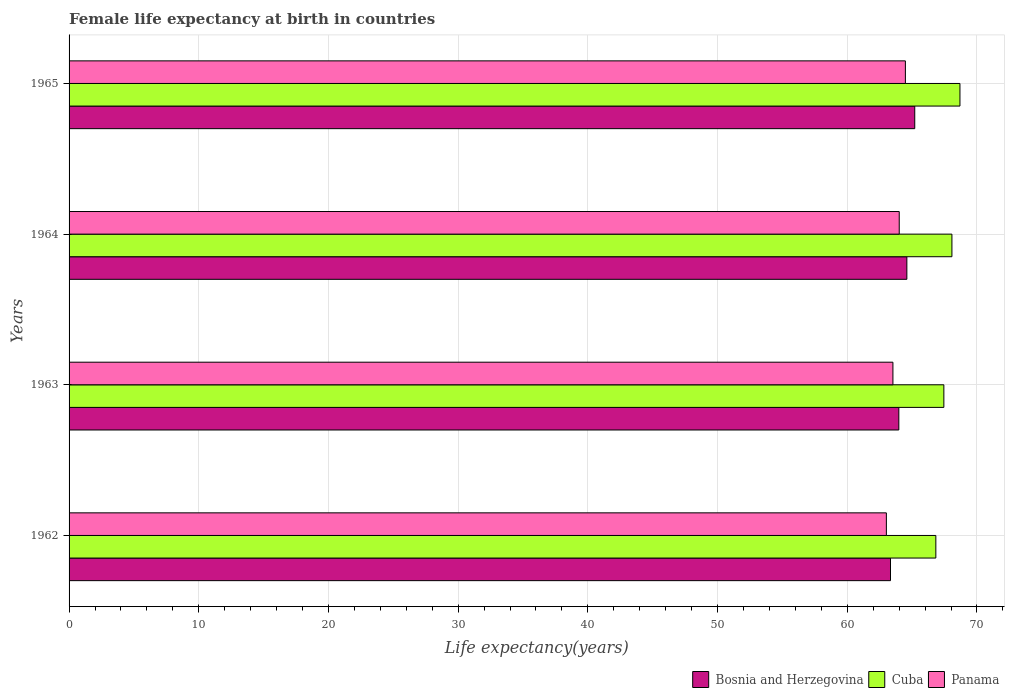
| Years | Bosnia and Herzegovina | Cuba | Panama |
 | --- | --- | --- | --- |
 | 1962 | 63.3 | 66.8 | 63 |
 | 1963 | 64 | 67.4 | 63.5 |
 | 1964 | 64.6 | 68.1 | 64 |
 | 1965 | 65.2 | 68.7 | 64.5 |